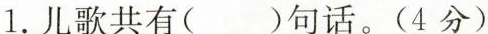
1. 儿歌共有 ()句话。(4分)